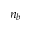
n _ { b }